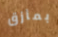
بمأزق